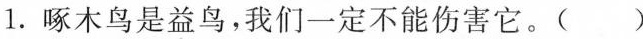
1.啄木鸟是益鸟。我们一定不能伤害它。()